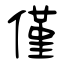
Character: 僅